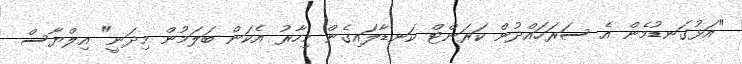
"އަޅުގަނޑުމެން އެ ސަރަހައްދުން ކަރަންޓް ކަނޑާލައިގެން މިހާރު އެކަން ބަލަމުން މިދަނީ" އިލްޔާސް